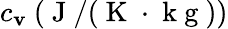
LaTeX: c_{\mathbf{v}}~(\mathrm{{~J~}}/(\mathrm{{~K~}}\cdot\mathrm{{~k~g~}}))